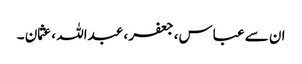
ان سے عباس، جعفر ، عبداللہ ، عثمان ۔